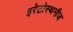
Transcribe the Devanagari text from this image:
इरेटोस्थनीज